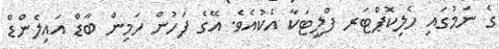
ގެ ނަމުގައި ހެލިކޮޕްޓަރ ފްލީޓަކާ އެކުއެވެ. އޭގެ ފަހުން ހަމިން ބާޑް އައިލެންޑް